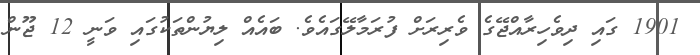
1901 ގައި ދިވެހިރާއްޖޭގެ ވެރިރަށް ފުރަމާލޭގައެވެ. ބައެއް ލިޔުންތަކުގައި ވަނީ 12 ޖޫން